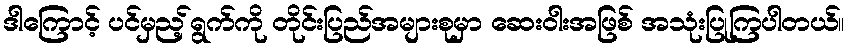
ဒါကြောင့် ပင်မှည့်ရွက်ကို တိုင်းပြည်အများစုမှာ ဆေးဝါးအဖြစ် အသုံးပြုကြပါတယ်။